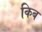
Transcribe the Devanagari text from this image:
किब